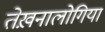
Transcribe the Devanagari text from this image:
तेख़नालोगिया